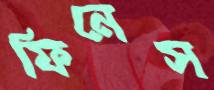
ফিনেস